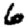
Digit: 6